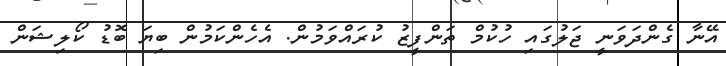
އޭނާ ގެންދަވަނީ ޖަލުގައި ހުކުމް ތަންފީޒު ކުރައްވަމުން. އެހެންކަމުން ބިޔަ ބޮޑު ކޯލިޝަން